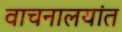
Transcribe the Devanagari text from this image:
वाचनालयांत